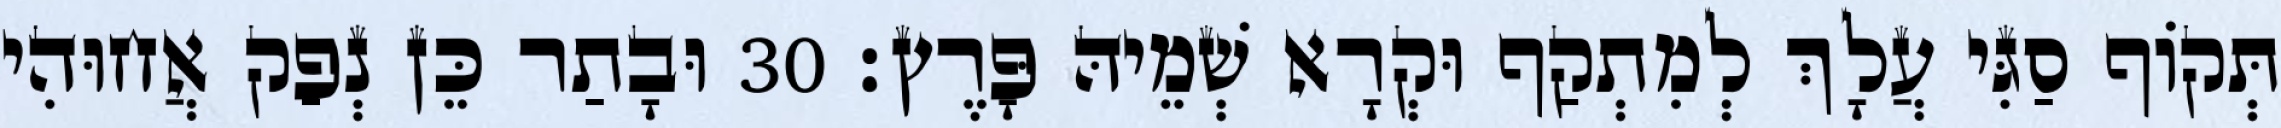
תְּקוֹף סַגִּי עֲלָךְ לְמִתְקַף וּקְרָא שְׁמֵיהּ פָּרֶץ׃ 30 וּבָתַר כֵּן נְפַק אֲחוּהִי